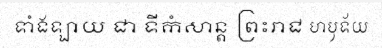
ទាំងឡាយ ជា ទីកំសាន្ត ព្រះរាជ ហឫទ័យ